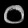
Digit: ၀